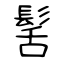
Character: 髺